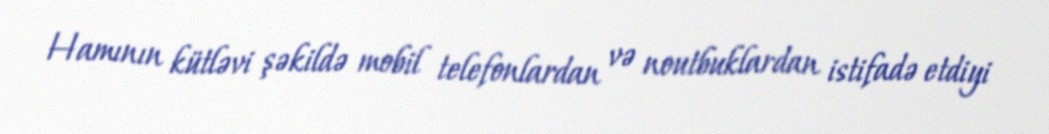
Hamının kütləvi şəkildə mobil telefonlardan və noutbuklardan istifadə etdiyi